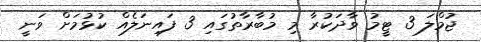
ޖުމްލަ 3 ޓީމު ވާދަކުރާ މި މުބާރާތުގައި 3 ފައިނަލެއް ކުޅުމަށް ވަނީ